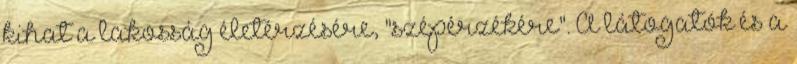
kihat a lakosság életérzésére, "szépérzékére". A látogatók és a